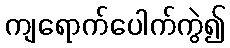
ကျရောက်ပေါက်ကွဲ၍